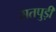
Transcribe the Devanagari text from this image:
सतपुड़ी